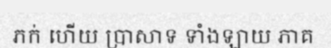
ភក់ ហើយ ប្រាសាទ ទាំងឡាយ ភាគ